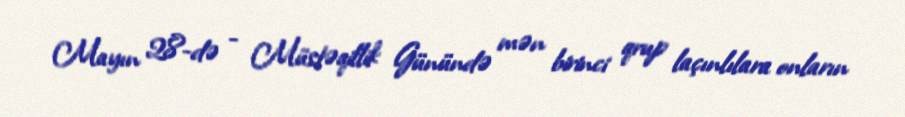
Mayın 28-də - Müstəqillik Günündə mən birinci qrup laçınlılara onların